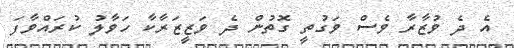
އެ ދެ ވުޒާރާ ވެސް ވަގުތީ ގޮތުން ދެ ވަޒީޒަރާކާ ހަވާލު ކުރައްވާފަ